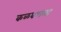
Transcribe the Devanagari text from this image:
कळवणला